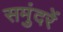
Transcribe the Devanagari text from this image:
समुंदरें